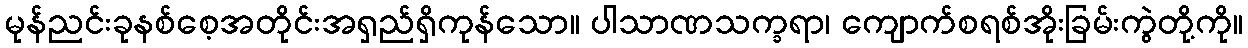
မုန်ညင်းခုနစ်စေ့အတိုင်းအရှည်ရှိကုန်သော။ ပါသာဏသက္ခရာ၊ ကျောက်စရစ်အိုးခြမ်းကွဲတို့ကို။